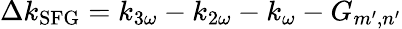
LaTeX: \Delta k_{\mathrm{{SFG}}}=k_{3\omega}-k_{2\omega}-k_{\omega}-G_{m^{\prime},n^{\prime}}